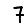
Digit: 7